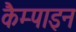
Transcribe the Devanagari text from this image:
कैम्पाइन